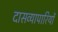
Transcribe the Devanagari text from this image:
दासव्यापारियों